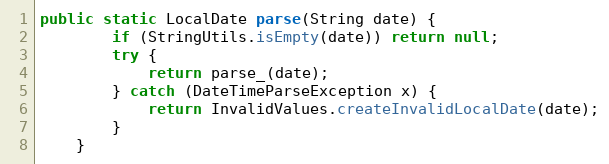
Language: Java
public static LocalDate parse(String date) {
		if (StringUtils.isEmpty(date)) return null;
		try {
			return parse_(date);
		} catch (DateTimeParseException x) {
			return InvalidValues.createInvalidLocalDate(date);
		}
	}